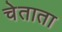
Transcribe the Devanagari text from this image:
चेताता